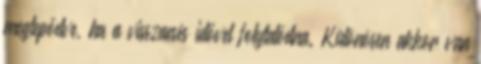
meglepődve, ha a visszaesés idővel folytatódna. Különösen akkor van